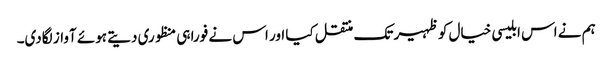
ہم نے اس ابلیسی خیال کو ظہیر تک منتقل کیا اور اس نے فورا ہی منظوری دیتے ہوئے آواز لگادی۔